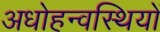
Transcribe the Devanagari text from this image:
अधोहन्वस्थियों